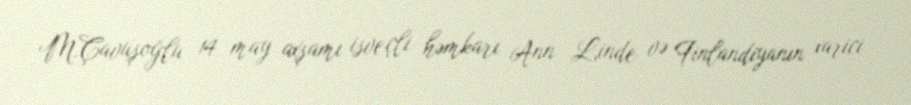
M.Çavuşoğlu 14 may axşamı isveçli həmkarı Ann Linde və Finlandiyanın xarici